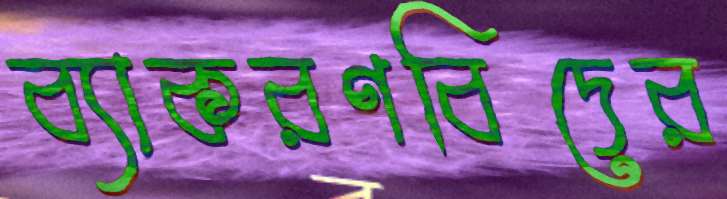
ব্যাকরণবিদের